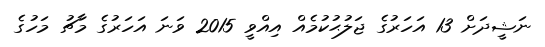
ނަޝީދަށް 13 އަހަރުގެ ޖަލުޙުކުމެއް އިއްވީ 2015 ވަނަ އަހަރުގެ މާޗު މަހުގެ